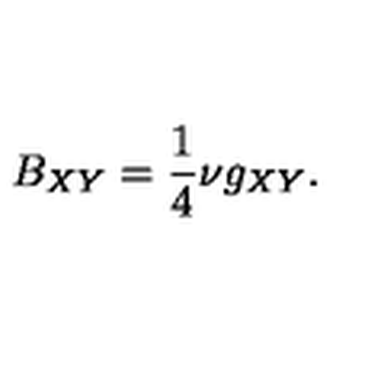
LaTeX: B _ { X Y } = \frac 1 4 \nu g _ { X Y } .